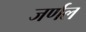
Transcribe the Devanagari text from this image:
जर्णल